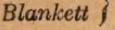
Blankett